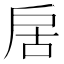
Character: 𭠄